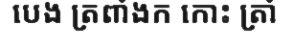
បេង ត្រពាំងក កោះ ត្រាំ